Annual statistical returns and brief notes on vaccination in Bengal - 1909-1929
Year: 1909
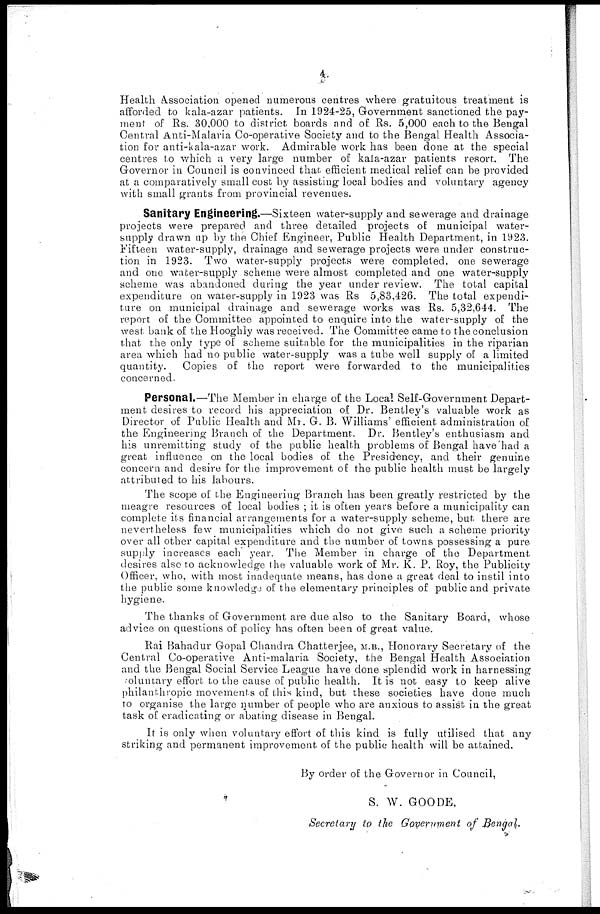
4
Health Association opened numerous centres where gratuitous treatment is
afforded to kala-azar patients. In 1924-25, Government sanctioned the pay-
ment of Rs. 30,000 to district boards and of Rs. 5,000 each to the Bengal
Central Anti-Malaria Co-operative Society and to the Bengal Health Associa-
tion for anti-kala-azar work. Admirable work has been done at the special
centres to which a very large number of kala-azar patients resort. The
Governor in Council is convinced that efficient medical relief can be provided
at a comparatively small cost by assisting local bodies and voluntary agency
with small grants from provincial revenues.
Sanitary Engineering.—Sixteen water-supply and sewerage and drainage
projects were prepared and three detailed projects of municipal water-
supply drawn up by the Chief Engineer, Public Health Department, in 1923.
Fifteen water-supply, drainage and sewerage projects were under construc-
tion in 1923. Two water-supply projects were completed, one sewerage
and one water-supply scheme were almost completed and one water-supply
scheme was abandoned during the year under review. The total capital
expenditure on water-supply in 1923 was Rs 5,83,426. The total expendi-
ture on municipal drainage and sewerage works was Rs. 5,32,644. The
report of the Committee appointed to enquire into the water-supply of the
west bank of the Hooghly was received. The Committee came to the conclusion
that the only type of scheme suitable for the municipalities in the riparian
area which had no public water-supply was a tube well supply of a limited
quantity. Copies of the report were forwarded to the municipalities
concerned.
Personal.—The Member in charge of the Local Self-Government Depart-
ment desires to record his appreciation of Dr. Bentley's valuable work as
Director of Public Health and Mr. G. B. Williams' efficient administration of
the Engineering Branch of the Department. Dr. Bentley's enthusiasm and
his unremitting study of the public health problems of Bengal have had a
great influence on the local bodies of the Presidency, and their genuine
concern and desire for the improvement of the public health must be largely
attributed to his labours.
The scope of the Engineering Branch has been greatly restricted by the
meagre resources of local bodies ; it is often years before a municipality can
complete its financial arrangements for a water-supply scheme, but there are
nevertheless few municipalities which do not give such a scheme priority
over all other capital expenditure and the number of towns possessing a pure
supply increases each year. The Member in charge of the Department
desires also to acknowledge the valuable work of Mr. K. P. Roy, the Publicity
Officer, who, with most inadequate means, has done a great deal to instil into
the public some knowledge of the elementary principles of public and private
hygiene.
The thanks of Government are due also to the Sanitary Board, whose
advice on questions of policy has often been of great value.
Rai Bahadur Gopal Chandra Chatterjee, M.B., Honorary Secretary of the
Central Co-operative Anti-malaria Society, the Bengal Health Association
and the Bengal Social Service League have done splendid work in harnessing
voluntary effort to the cause of public health. It is not easy to keep alive
philanthropic movements of this kind, but these societies have done much
to organise the large number of people who are anxious to assist in the great
task of eradicating or abating disease in Bengal.
It is only when voluntary effort of this kind is fully utilised that any
striking and permanent improvement of the public health will be attained.
By order of the Governor in Council,
S. W. GOODE,
Secretary to the Government of Bengal.